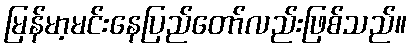
မြန်မာ့မင်းနေပြည်တော်လည်းဖြစ်သည်။